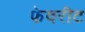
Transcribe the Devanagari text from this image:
फेवरीट